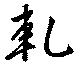
軋